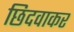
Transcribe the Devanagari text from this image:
छिदवाकर